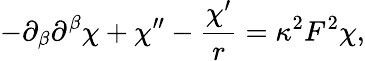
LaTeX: -\partial_{\beta}\partial^{\beta}\chi+\chi^{\prime\prime}-\frac{\chi^{\prime}}{r}=\kappa^{2}F^{2}\chi,